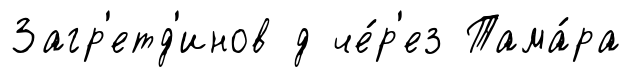
Загр'етд'инов д че́р'ез Тама́ра